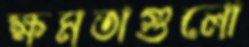
ক্ষমতাগুলো